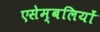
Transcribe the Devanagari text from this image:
एसेम्बलियों